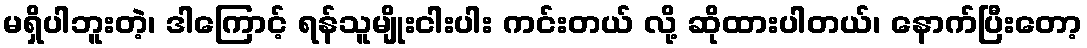
မရှိပါဘူးတဲ့၊ ဒါကြောင့် ရန်သူမျိုးငါးပါး ကင်းတယ် လို့ ဆိုထားပါတယ်၊ နောက်ပြီးတော့